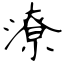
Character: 潦